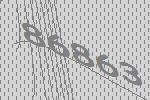
86863